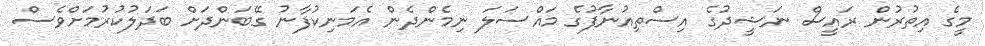
މީގެ އިތުރުން ރައީސް ނަޝީދުގެ އިސްތިއުނާފުގެ މައްސަލަ ނިމެންދެން އެމަނިކުފާނު ގޭބަންދަށް ބަދަލުކުރުމަށްވެސް